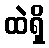
ထဲရှိ